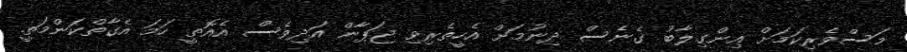
މަސްވެރިކަމަށް އިންގިލާބު ގެނެސް ދިނުމަށް އެހީތެރިވި ޖަޕާން އަދިވެސް އެއޮތީ ހަމަ އެގާތްކަންމަތީ.